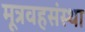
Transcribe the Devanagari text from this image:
मूत्रवहसंस्था